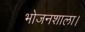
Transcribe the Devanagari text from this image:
भोजनशाला।